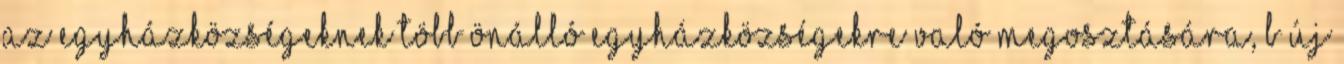
az egyházközségeknek több önálló egyházközségekre való megosztására, b új